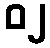
၀၂